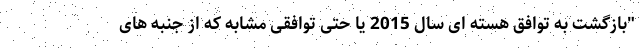
"بازگشت به توافق هسته ای سال 2015 یا حتی توافقی مشابه که از جنبه های